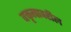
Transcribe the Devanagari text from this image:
वक्तृत्वावरील